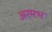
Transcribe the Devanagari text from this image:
अरमभ